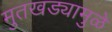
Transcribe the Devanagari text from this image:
मुतखड्यामुळे